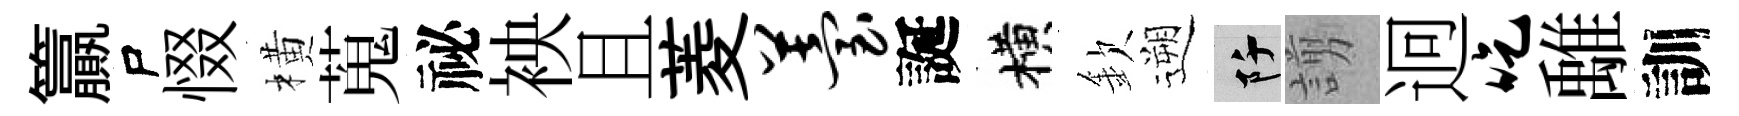
籯尸惙橫蒐祕䘧且菱苔誕横欽遡阡謭迥吃𩀌訓